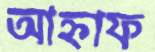
আহ্নাফ